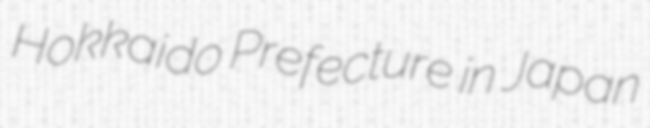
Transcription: Hokkaido Prefecture in Japan